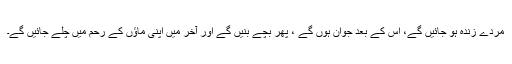
مردے زندہ ہو جائیں گے، اس کے بعد جوان ہوں گے ، پھر بچے بنیں گے اور آخر میں اپنی ماؤں کے رحم میں چلے جائیں گے۔